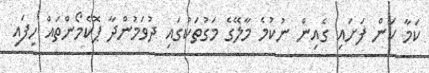
ކަމާ ކަން ފަށައި ގެއިން ނުކުމެ މާލޭގެ މަގުތަކުގައި ދުވަމުންދާ ޕޮކެމޯންތައް ހިފައި